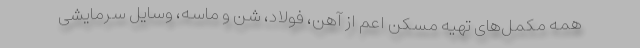
همه مکمل‌های تهیه مسکن اعم از آهن، فولاد، شن و ماسه، وسایل سرمایشی